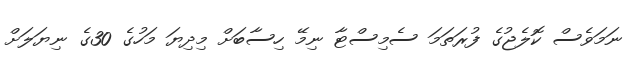
ނަމަވެސް ކޮލެޖުގެ ފުރަތަމަ ސެމިސްޓާ ނިމޭ ހިސާބަށް މިދިޔަ މަހުގެ 30ގެ ނިޔަލަށް